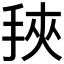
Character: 𰓰